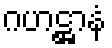
ဂဟဋ္ဌာနံ